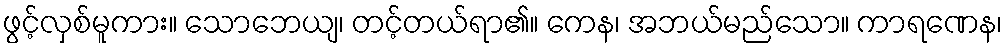
ဖွင့်လှစ်မူကား။ သောဘေယျ၊ တင့်တယ်ရာ၏။ ကေန၊ အဘယ်မည်သော။ ကာရဏေန၊